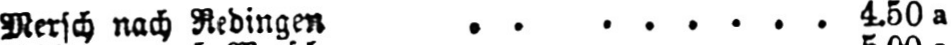
Mersch nach Redingen ........ 4.50a